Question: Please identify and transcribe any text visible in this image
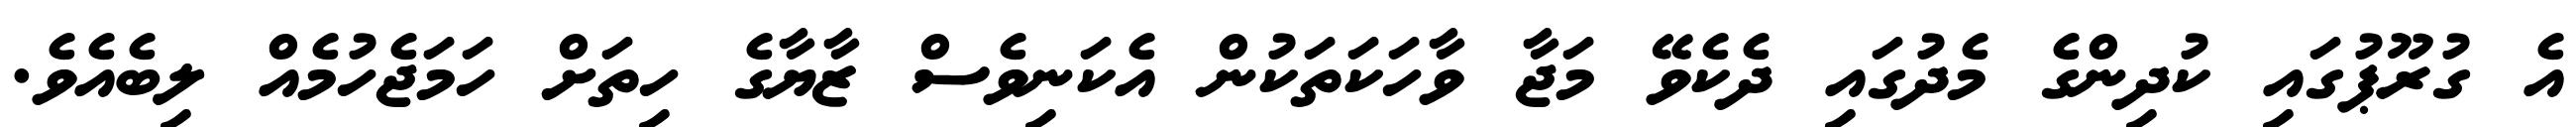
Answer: އެ ގުރޫޕުގައި ކުދިންގެ މެދުގައި ދެކެވޭ މަޖާ ވާހަކަތަކުން އެކަނިވެސް ޒާޔާގެ ހިތަށް ހަމަޖެހުމެއް ލިބެއެވެ.